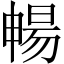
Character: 暢